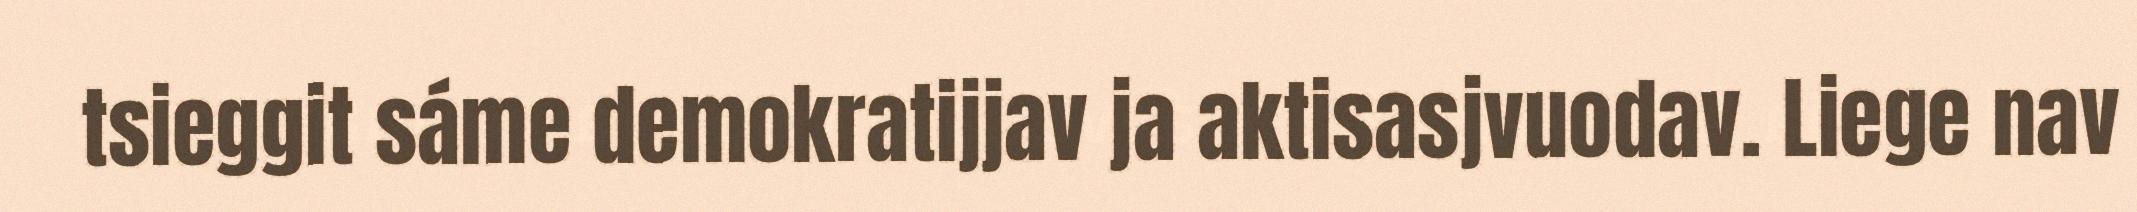
tsieggit sáme demokratijjav ja aktisasjvuodav. Liege nav